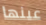
عينها